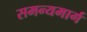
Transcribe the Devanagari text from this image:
समन्यमार्ग